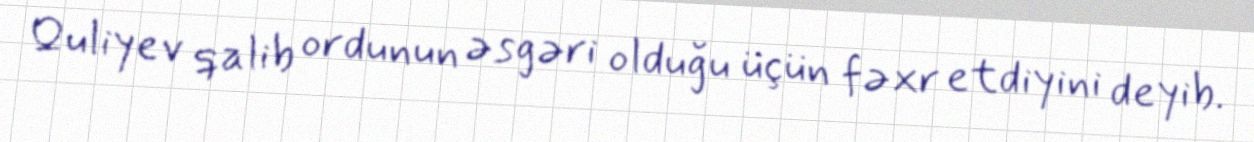
Quliyev qalib ordunun əsgəri olduğu üçün fəxr etdiyini deyib.